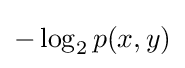
-\log _{2}p(x,y)